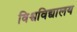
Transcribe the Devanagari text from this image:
विश्वविद्यालय